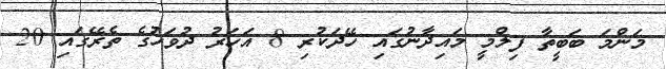
މަންމަ ބަބީތާ ފިލްމީ މައިދާނުގައި ހޭދަކުރި 8 އަހަރު ދުވަހުގެ ތެރޭގައި 20